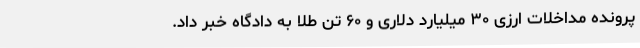
پرونده مداخلات ارزی ۳۰ میلیارد دلاری و ۶۰ تن طلا به دادگاه خبر داد.